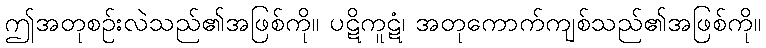
ဤအတုစဉ်းလဲသည်၏အဖြစ်ကို။ ပဋိကူဋံ၊ အတုကောက်ကျစ်သည်၏အဖြစ်ကို။